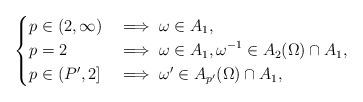
LaTeX: \begin{align*}\begin{dcases} p \in (2,\infty) & \implies \omega \in A_1, \\ p = 2 & \implies \omega \in A_1, \omega^{-1} \in A_2(\Omega) \cap A_1, \\ p \in (P', 2] & \implies \omega' \in A_{p'}(\Omega) \cap A_1,\end{dcases}\end{align*}